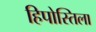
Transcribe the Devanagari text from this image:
हिपोस्तिला